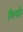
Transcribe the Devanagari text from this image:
मिलति